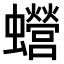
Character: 𧕍